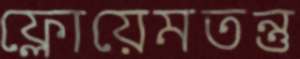
ফ্লোয়েমতন্তু